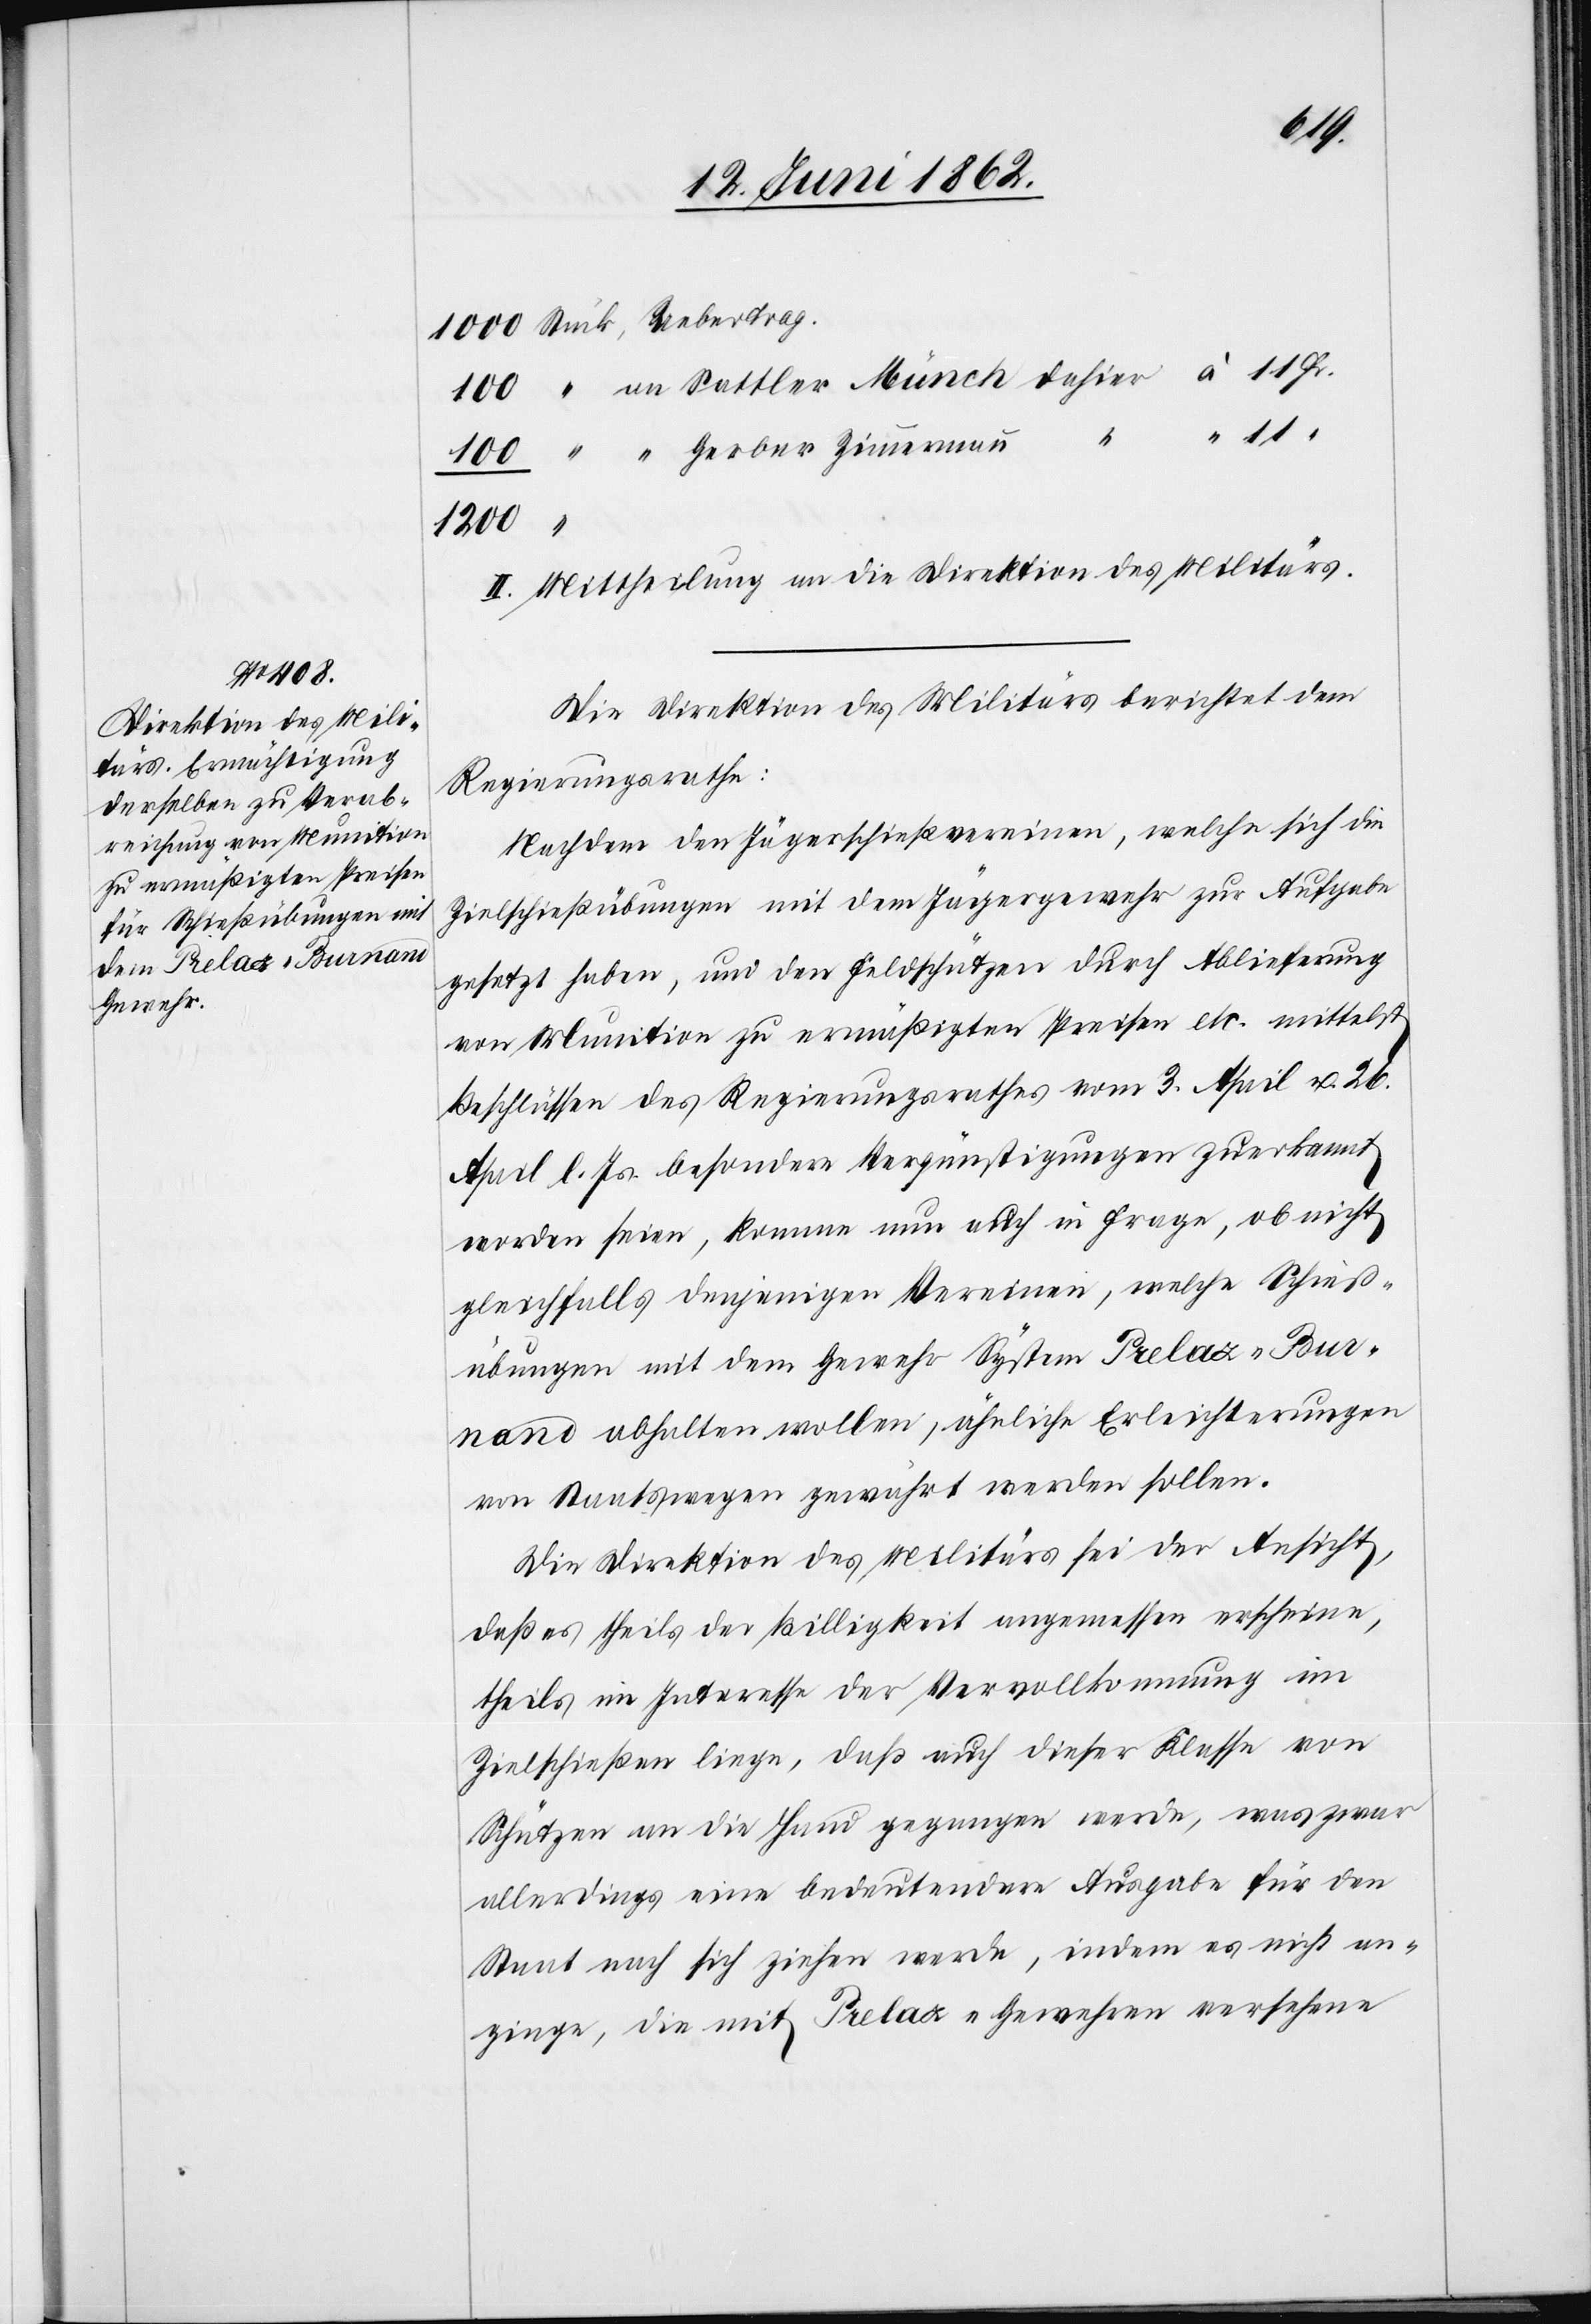
“
1200
II. Mittheilung an die Direktion des Militärs.
Die Direktion des Militärs berichtet dem
Regierungsrathe:
Nachdem den Jägerschießvereinen, welche sich die
Zielschießübungen mit dem Jägergewehr zur Aufgabe
gesetzt haben, und den Feldschützen durch Ablieferung
von Munition zu ermäßigten Preisen etc. mittelst
Beschlüssen des Regierungsrathes vom 3. April u. 26.
April l. Js. besondere Vergünstigungen zuerkannt
worden seien, komme nun auch in Frage, ob nicht
gleichfalls denjenigen Vereinen, welche Schieß¬
übungen mit dem Gewehr System Prelax-Bur¬
nans abhalten wollen, ähnliche Erleichterungen
von Staatswegen gewährt werden sollen.
Die Direktion des Militärs sei der Ansicht,
daß es theils der Billigkeit angemessen erscheine,
theils im Interesse der Vervollkommung im
Zielschießen liege, daß auch dieser Klasse von
Schützen an die Hand gegangen werde, was zwar
allerdings eine bedeutendere Ausgabe für den
Staat nach sich ziehen werde, indem es nicht an¬
ginge, die mit Prelax-Gewehren versehene